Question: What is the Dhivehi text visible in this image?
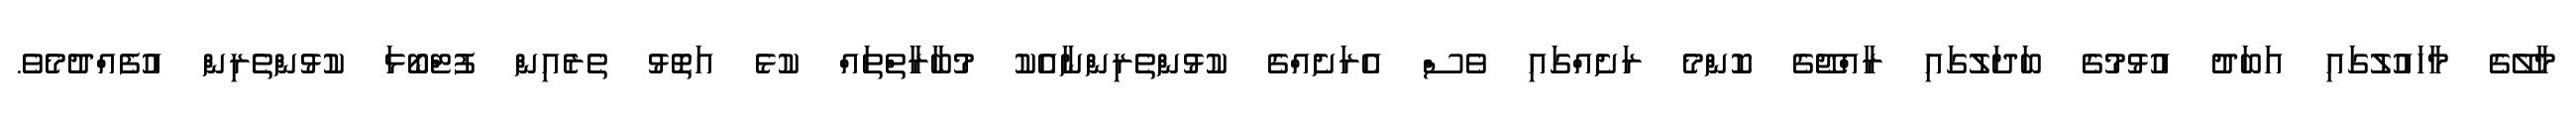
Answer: މާލޭގެ މާހައުލުގައި އަބަދު އުޅުމުގެ ބަދަލުގައި ރާއްޖޭގެ ކޮންމެ ރަށެއްގައި ވެސް އެރަށެއްގެ ކުޅުންތެރިންނާއެކު މުބާރާތްތައް ކުޅެ އަތޮޅު ތެރެއިން ފުޓްބޯޅަ ކުޅުންތެރިން އުފެއްދުމެވެ.